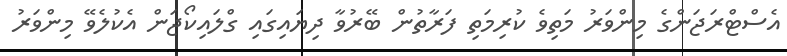
އެސްޓްރަޖަންގެ މިންވަރު މަތިވެ ކުރިމަތި ފަރާތުން ބޭރުވާ ދިޔައިގައި ގްލައިކޯޖަން އެކުލެވޭ މިންވަރު